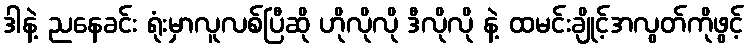
ဒါနဲ့ ညနေခင်း ရုံးမှာလူလစ်ပြီဆို ဟိုလိုလို ဒီလိုလို နဲ့ ထမင်းချိုင့်အလွတ်ကိုဖွင့်